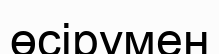
өсірумен